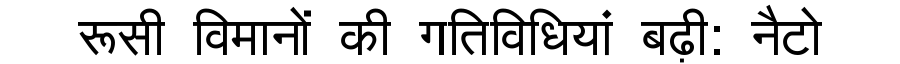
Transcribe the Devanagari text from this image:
रूसी विमानों की गतिविधियां बढ़ी: नैटो